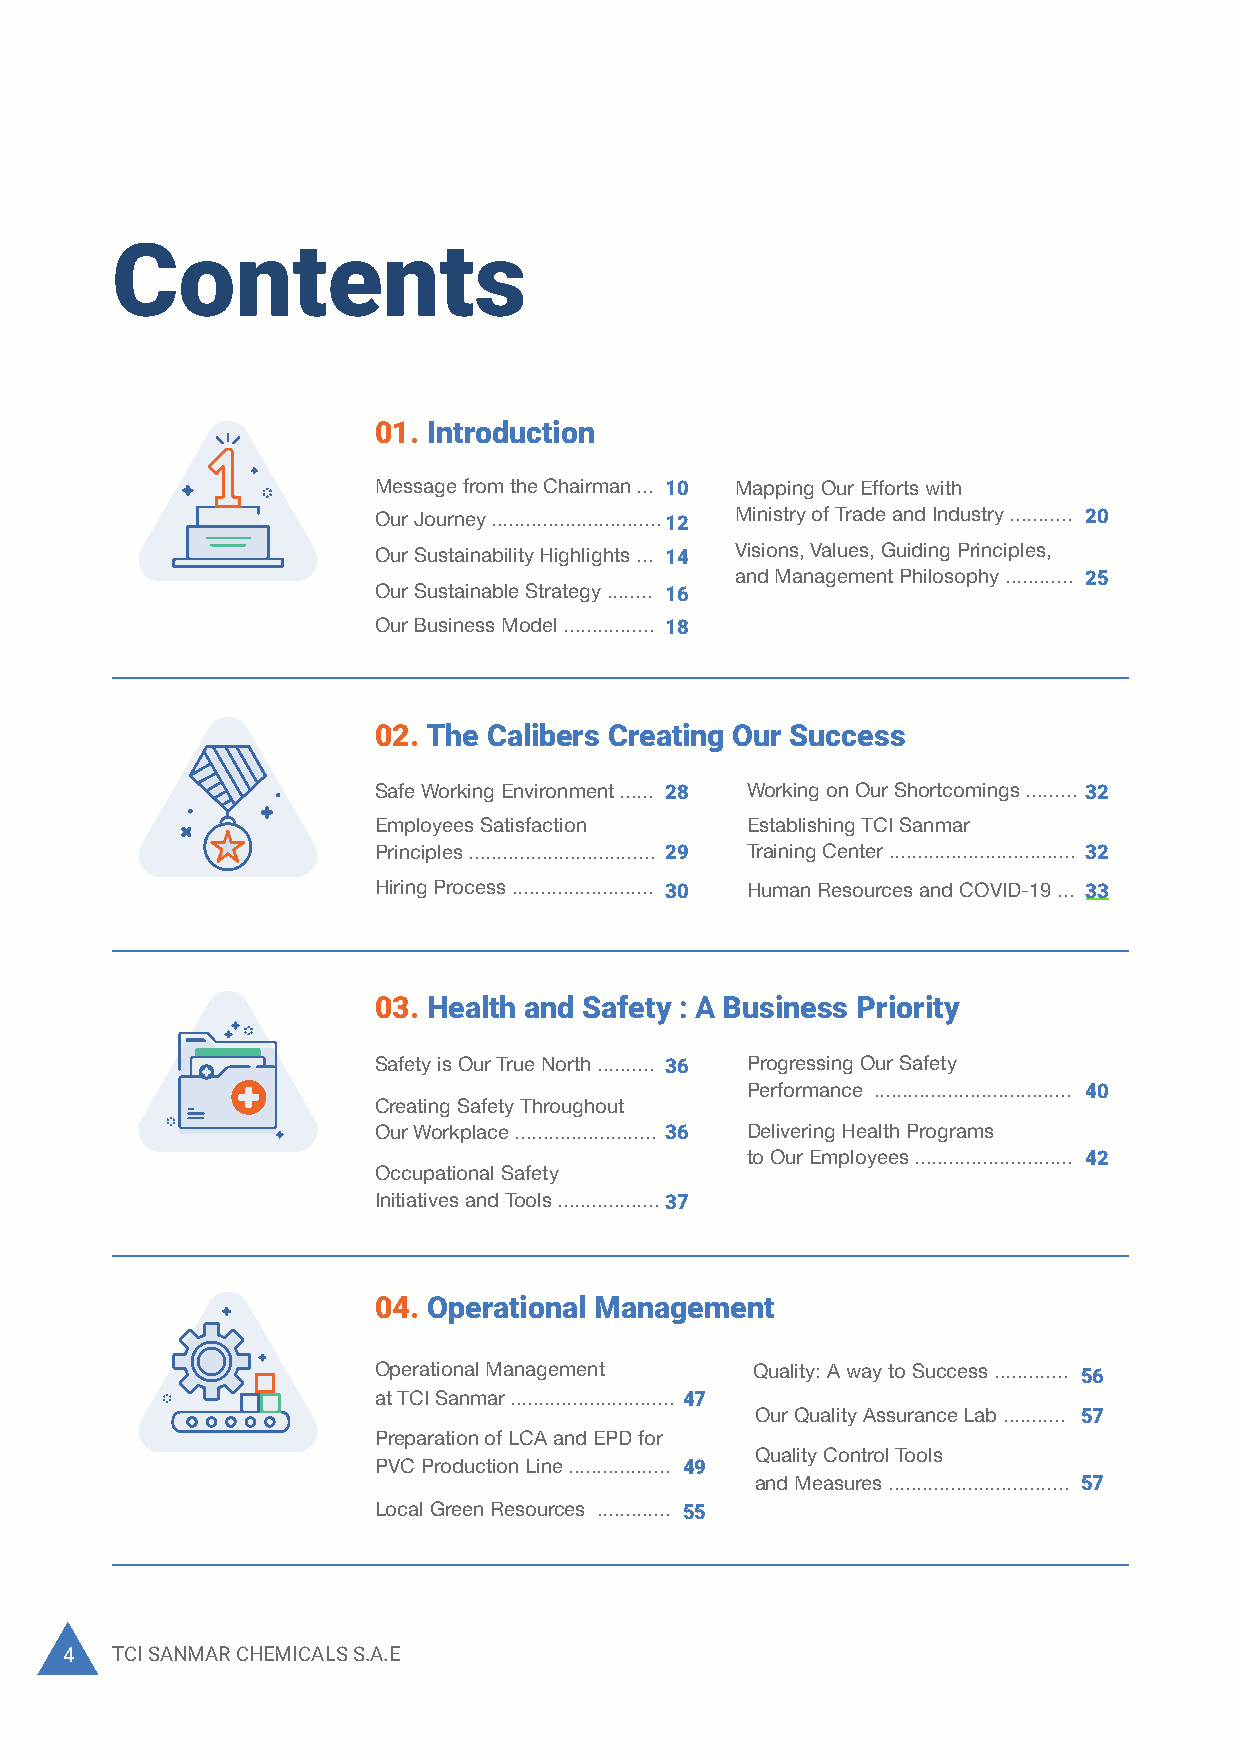
Contents
 05. Our Market Presence
 Our Sustainable Corporate Clients Satisfaction .......................... 73
 Growth ........................................ 64
 Our Reliable Supply Chain ............... 77
 Financial Highlights and Ratios .. 67
 Procurement Crises Management ... 80
 01. Introduction
 TCI Sanmar Sales
 Our Suppliers Guidelines ............... 80
 and Marketing ............................ 72
 Message from the Chairman ... 10 Mapping Our Efforts with
 COVID-19 and its Effect on
 Our Journey ..............................12 Ministry of Trade and Industry ........... 20 Marketing During COVID-19 ....... 72 Our Supply Chain ............................ 83
 Our Sustainability Highlights ... 14 Visions, Values, Guiding Principles,
 and Management Philosophy ............ 25
 Our Sustainable Strategy ........ 16
 Our Business Model ................ 18
 06. Our Environmental Commitment
 02. The Calibers Creating Our Success
 Energy Consumption in    Water Footprint ............................... 88
 Distribution and Energy
 Safe Working Environment ...... 28 Working on Our Shortcomings ......... 32       Intensity ..................................... 88 Carbon Footprint .............................. 89
 Employees Satisfaction  Establishing TCI Sanmar
 Principles ................................. 29 Training Center ................................. 32
 Hiring Process ......................... 30 Human Resources and COVID-19 ... 33
 07. Corporate Governance
 03. Health and Safety : A Business Priority                                       Our Board of Directors ............... 99 Stakeholder Mapping
 and Identification .............................102
 Safety is Our True North .......... 36 Progressing Our Safety                     Committees of the Board ........... 100 Stakeholder Engagement .................104
 Performance ................................... 40
 Creating Safety Throughout
 Business Code of Conduct ........ 101 Materiality Assessment .................... 110
 Our Workplace ......................... 36 Delivering Health Programs
 to Our Employees ............................ 42          Stakeholder Inclusiveness ......... 101 Corporate Compliance ..................... 112
 Occupational Safety
 Initiatives and Tools ..................37
 08. Our Corporate Social Responsibility Towards
 04. Operational Management
 Local Community, Egypt, and the Globe
 Operational Management   Quality: A way to Success ............. 56
 at TCI Sanmar ............................. 47                                    Supporting Egypt’s Vision TCI Sanmar-wide COVID-19
 Our Quality Assurance Lab ........... 57                 2030 and the Global Agenda ...... 116 Crises Management ........................ 124
 Preparation of LCA and EPD for
 Quality Control Tools
 PVC Production Line .................. 49
 and Measures ................................ 57
 Local Green Resources ............. 55
 09. GRI Standards Content Index 130    10. Assurance Letter 134
 4  TCI SANMAR CHEMICALS S.A.E                                                                                                             2020 Sustainability Report 5